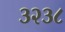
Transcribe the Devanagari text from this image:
३२३८